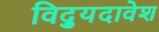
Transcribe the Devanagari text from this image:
विद्युदावेश